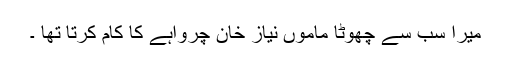
میرا سب سے چھوٹا ماموں نیاز خان چرواہے کا کام کرتا تھا ۔